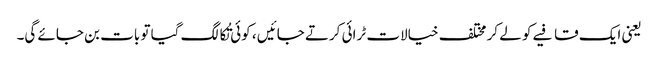
یعنی ایک قافیے کو لے کر مختلف خیالات ٹرائی کرتے جائیں ، کوئی تُکا لگ گیا تو بات بن جائے گی۔